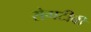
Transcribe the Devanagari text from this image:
रोगटीबी